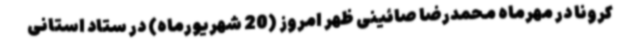
کرونا در مهرماه محمدرضا صائینی ظهر امروز (20 شهریورماه) در ستاد استانی